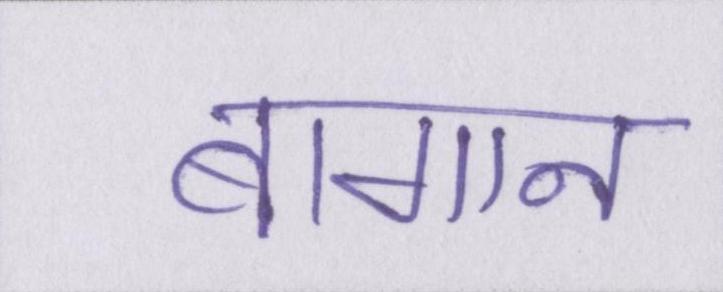
बागान